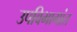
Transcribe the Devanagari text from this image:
उपविभागांत